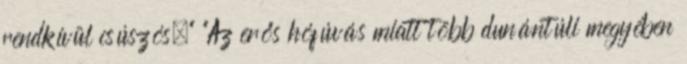
rendkívül csúszós." "Az erős hófúvás miatt több dunántúli megyében